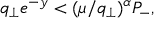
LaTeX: q _ { \perp } e ^ { - y } < ( \mu / q _ { \perp } ) ^ { \alpha } P _ { - } ,